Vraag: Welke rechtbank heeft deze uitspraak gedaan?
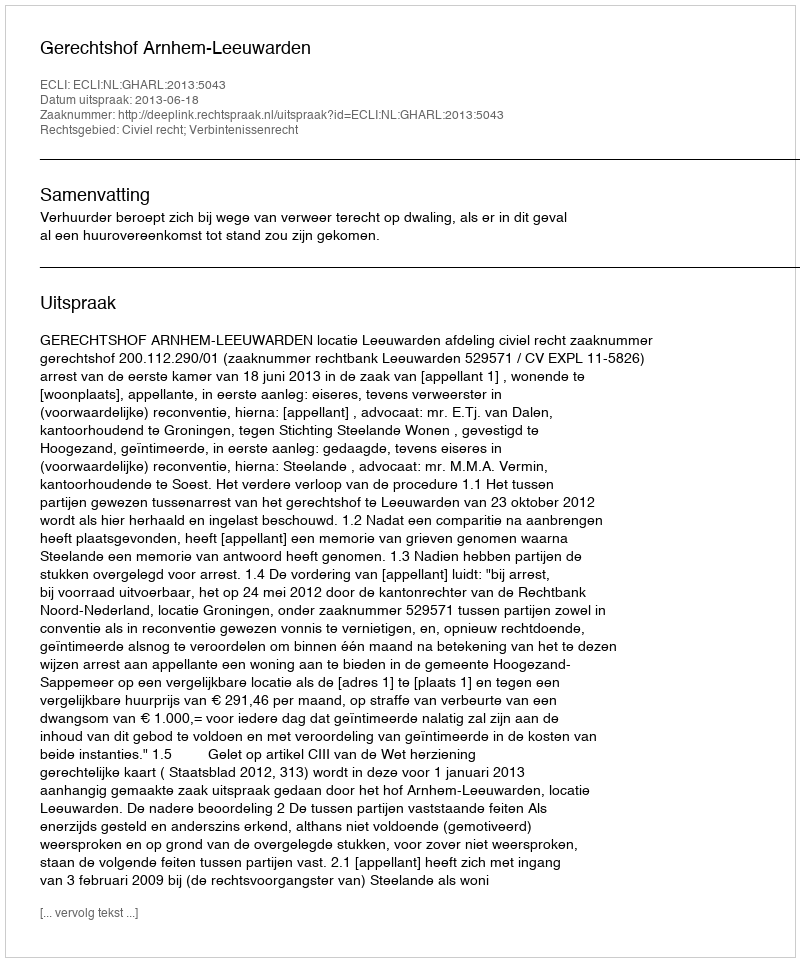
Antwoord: Gerechtshof Arnhem-Leeuwarden